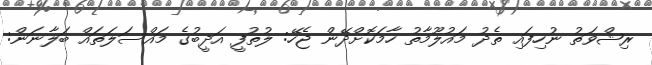
ރިޝްވަތު ނުހިފައި ތެދު މައުލޫމާތު ހާމަކޮށްދޭން ޖެހޭ: ލުތުފީ އަދީބުގެ މައްސަލަތައް ބަލާނަން: